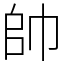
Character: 帥